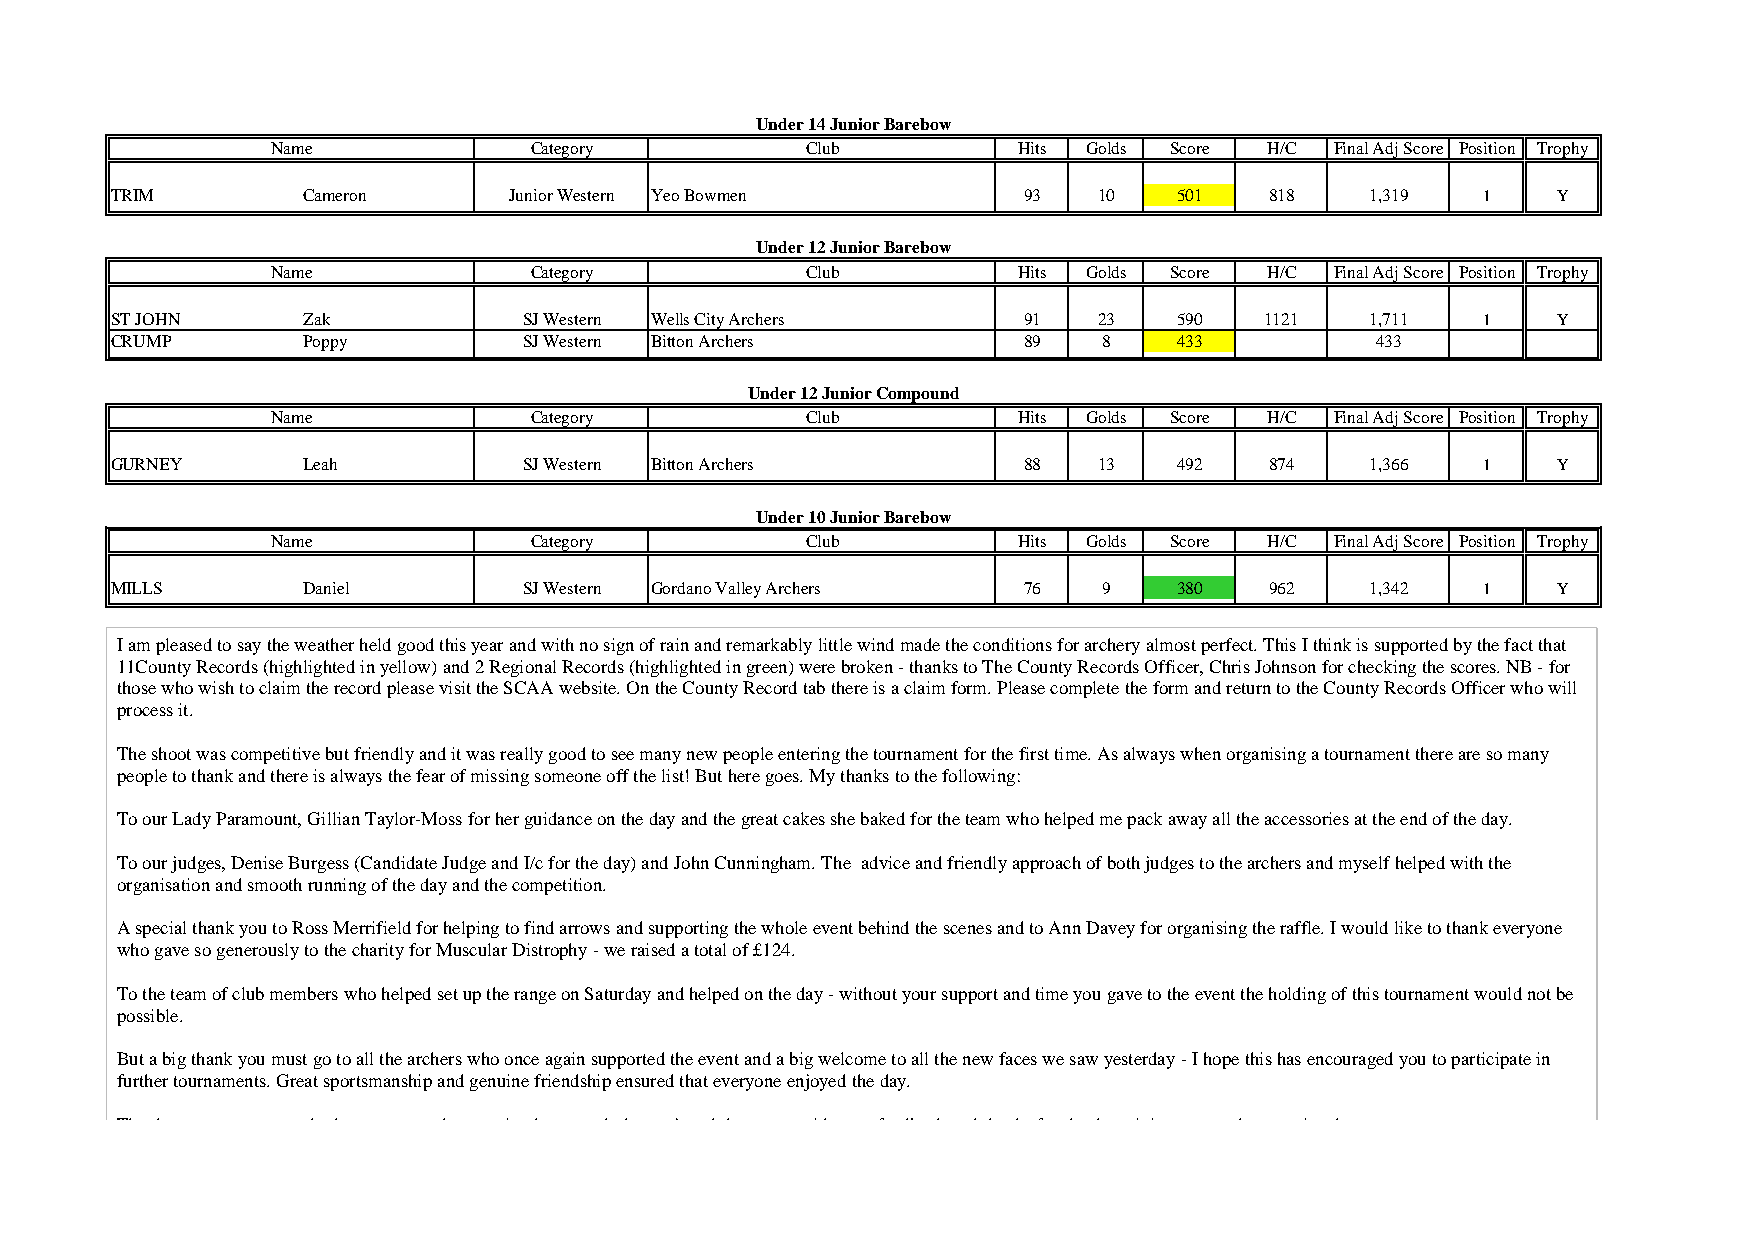
Under 14 Junior Barebow
 Name             Category          Club          Hits Golds Score H/C Final Adj Score Position Trophy
 TRIM         Cameron       Junior Western Yeo Bowmen         93   10   501   818    1,319  1    Y
 Under 12 Junior Barebow
 Name             Category          Club          Hits Golds Score H/C Final Adj Score Position Trophy
 ST JOHN      Zak            SJ Western Wells City Archers    91   23   590   1121   1,711  1    Y
 CRUMP        Poppy          SJ Western Bitton Archers        89   8    433          433
 Under 12 Junior Compound
 Name             Category          Club          Hits Golds Score H/C Final Adj Score Position Trophy
 GURNEY       Leah           SJ Western Bitton Archers        88   13   492   874    1,366  1    Y
 Under 10 Junior Barebow
 Name             Category          Club          Hits Golds Score H/C Final Adj Score Position Trophy
 MILLS        Daniel         SJ Western Gordano Valley Archers 76  9    380   962    1,342  1    Y
 I am pleased to say the weather held good this year and with no sign of rain and remarkably little wind made the conditions for archery almost perfect. This I think is supported by the fact that
 11County Records (highlighted in yellow) and 2 Regional Records (highlighted in green) were broken - thanks to The County Records Officer, Chris Johnson for checking the scores. NB - for
 those who wish to claim the record please visit the SCAA website. On the County Record tab there is a claim form. Please complete the form and return to the County Records Officer who will
 process it.
 The shoot was competitive but friendly and it was really good to see many new people entering the tournament for the first time. As always when organising a tournament there are so many
 people to thank and there is always the fear of missing someone off the list! But here goes. My thanks to the following:
 To our Lady Paramount, Gillian Taylor-Moss for her guidance on the day and the great cakes she baked for the team who helped me pack away all the accessories at the end of the day.
 To our judges, Denise Burgess (Candidate Judge and I/c for the day) and John Cunningham. The advice and friendly approach of both judges to the archers and myself helped with the
 organisation and smooth running of the day and the competition.
 A special thank you to Ross Merrifield for helping to find arrows and supporting the whole event behind the scenes and to Ann Davey for organising the raffle. I would like to thank everyone
 who gave so generously to the charity for Muscular Distrophy - we raised a total of £124.
 To the team of club members who helped set up the range on Saturday and helped on the day - without your support and time you gave to the event the holding of this tournament would not be
 possible.
 But a big thank you must go to all the archers who once again supported the event and a big welcome to all the new faces we saw yesterday - I hope this has encouraged you to participate in
 further tournaments. Great sportsmanship and genuine friendship ensured that everyone enjoyed the day.
 Thank you to everyone who have contacted me saying how much they enjoyed the event, with your feedback and thanks for the day - it is very much appreciated.